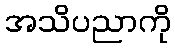
အသိပညာကို